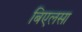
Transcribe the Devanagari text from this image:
बिएलसा